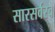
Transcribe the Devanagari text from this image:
सारसर्वस्व